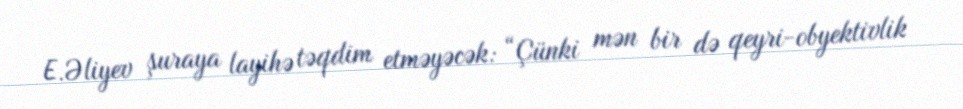
E.Əliyev şuraya layihə təqdim etməyəcək: “Çünki mən bir də qeyri-obyektivlik